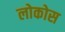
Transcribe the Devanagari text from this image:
लोकोस